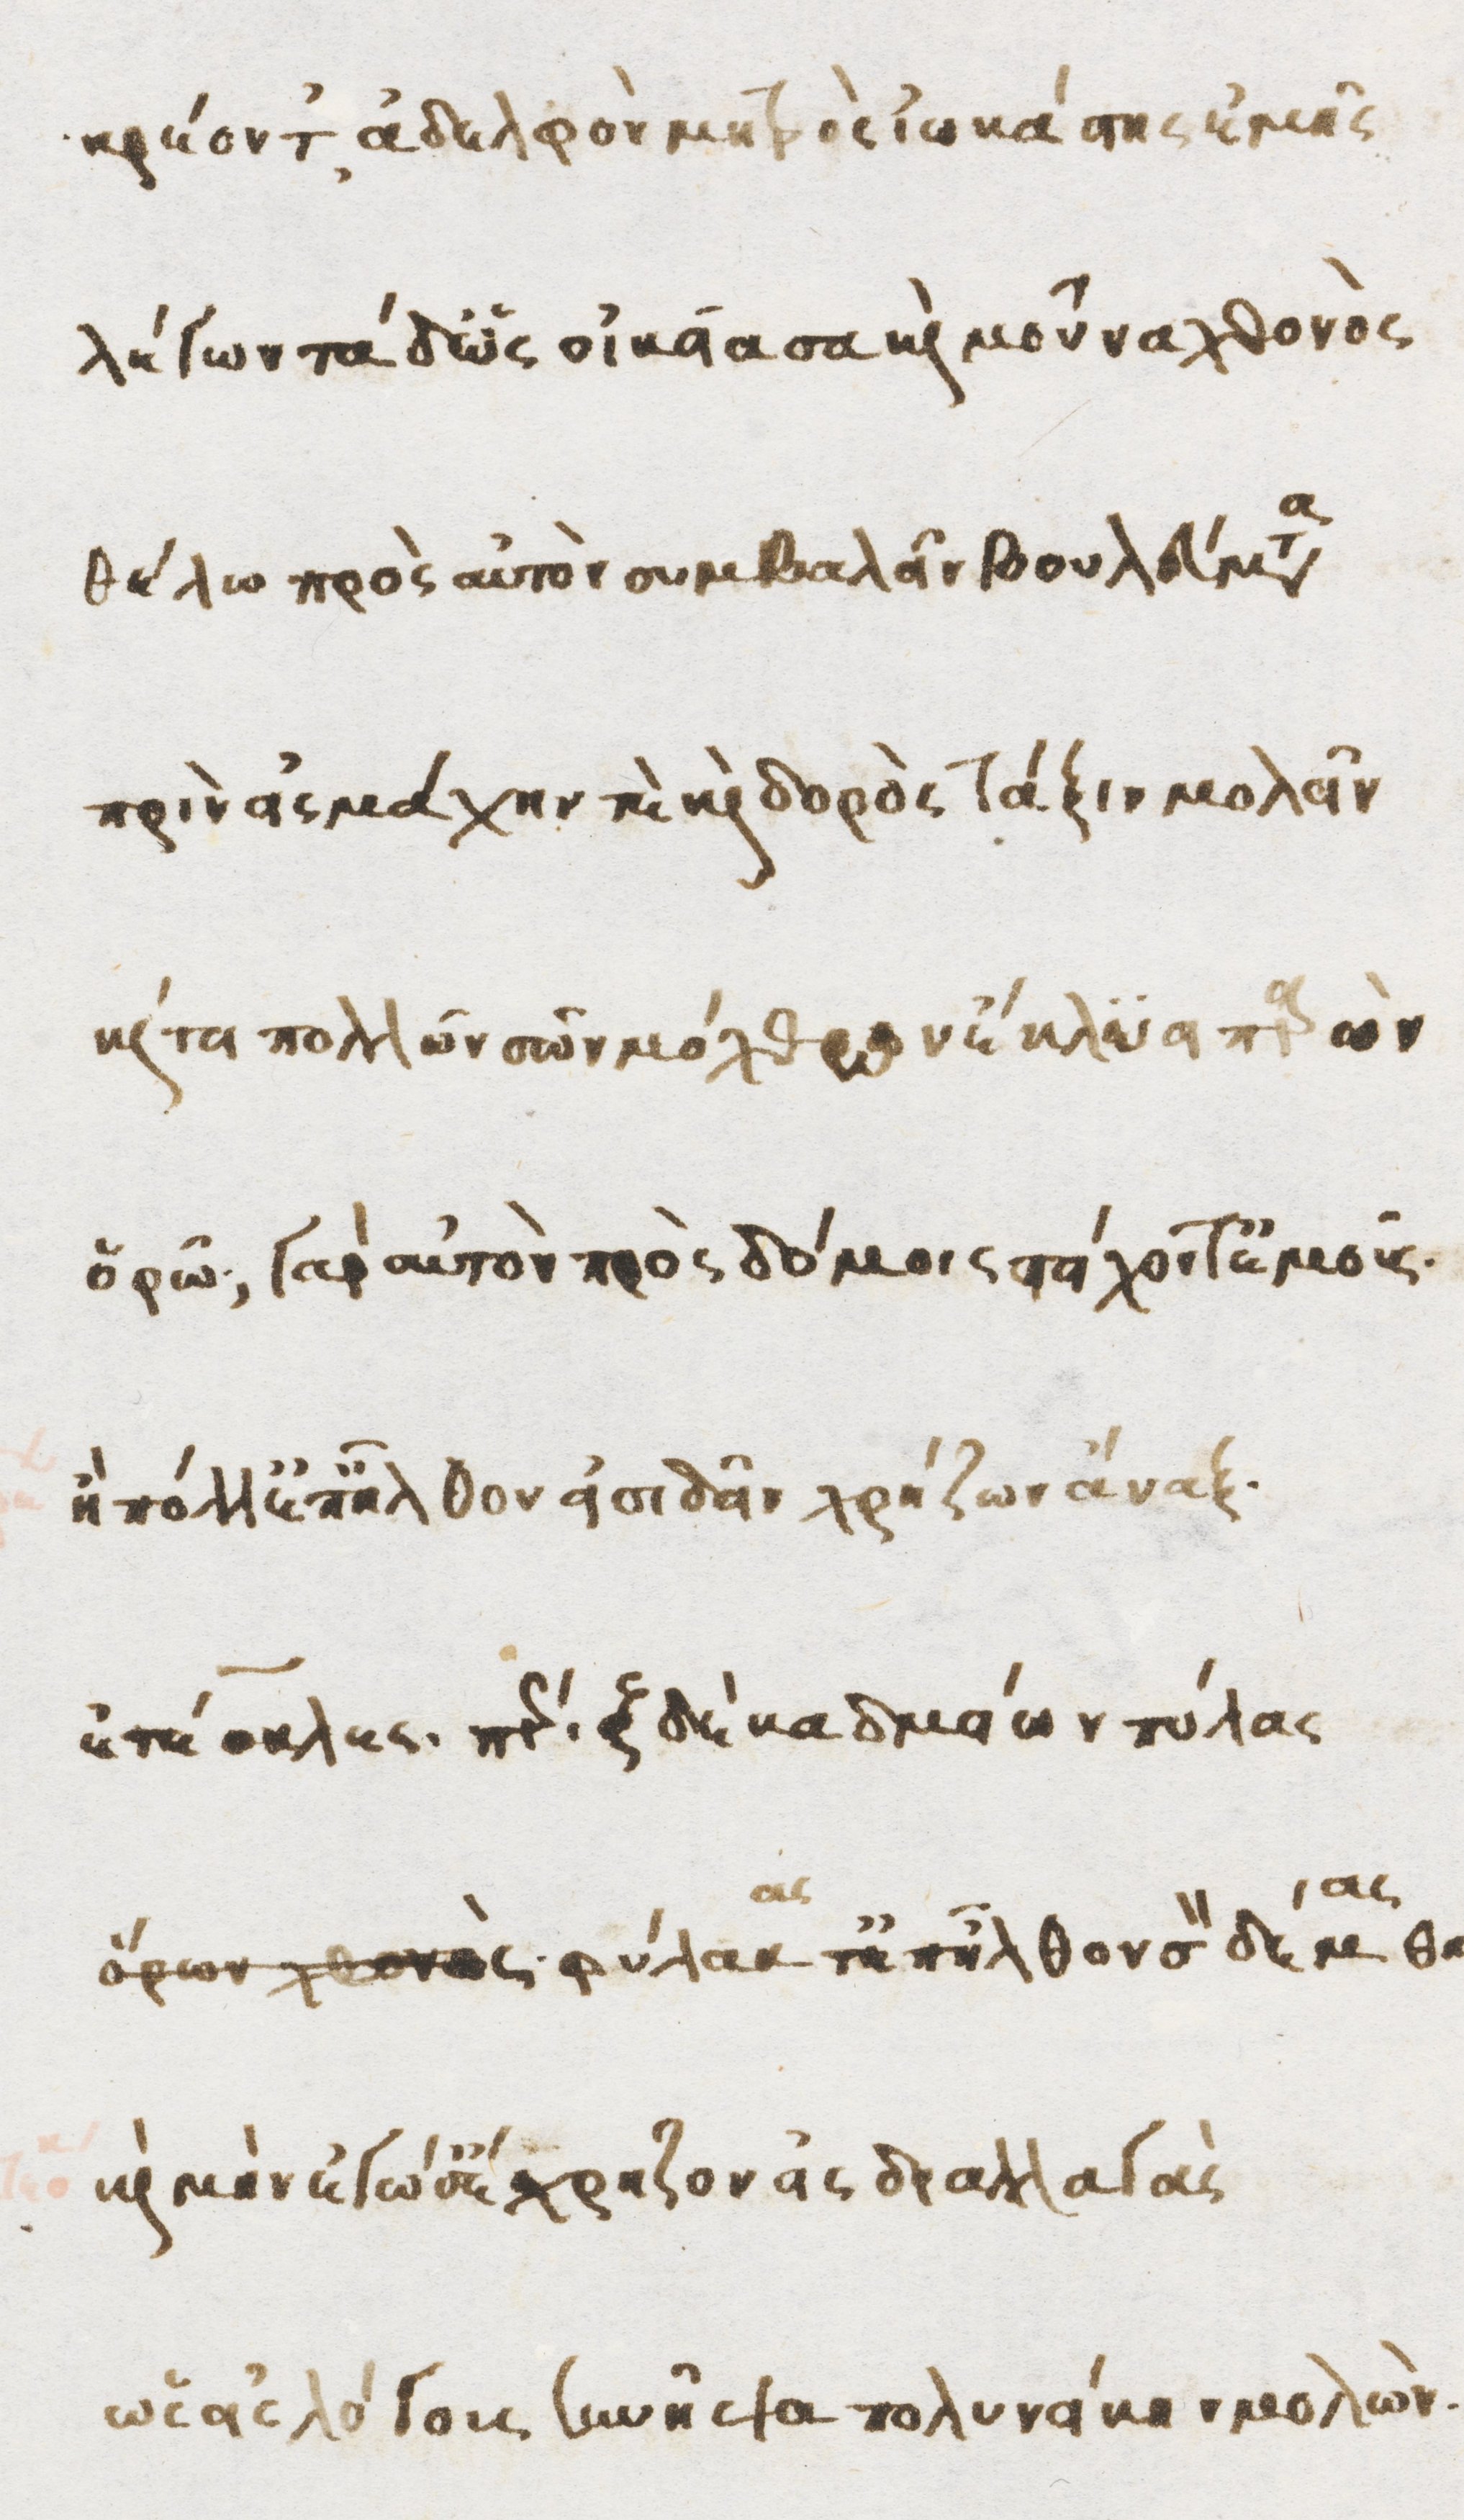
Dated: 1470–1499